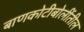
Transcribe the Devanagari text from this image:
बाणकोटीबोलींतील